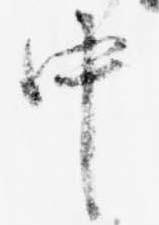
中